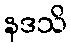
နဒသိ